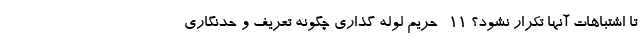
تا اشتباهات آنها تکرار نشود؟ ۱۱- حریم لوله گذاری چگونه تعریف و حدنگاری